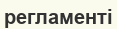
регламенті